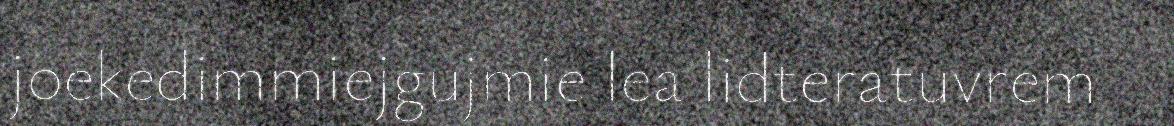
joekedimmiejgujmie lea lidteratuvrem